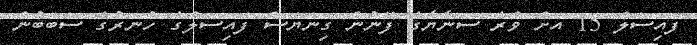
ފައިސަލް 15 އަށް ވުރެ ސަނާޔާގެ ފޭނުން ގިނަޔަސް ފައިސަލްގެ ހުނަރުގެ ސަބަބުން